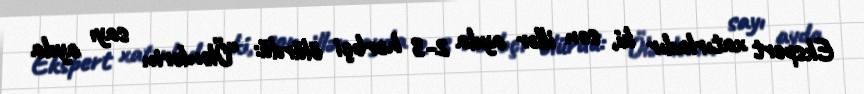
Ekspert xatırladır ki, son illər ayda 2-3 hərbçi ölürdü: “Ölənlərin sayı ayda